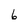
Character: 6